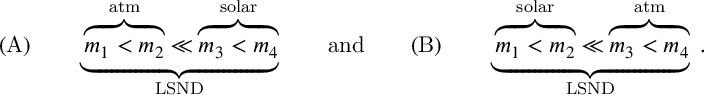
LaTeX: ( \mathrm { A } ) \qquad \underbrace { \overbrace { m _ { 1 } < m _ { 2 } } ^ { \mathrm { a t m } } \ll \overbrace { m _ { 3 } < m _ { 4 } } ^ { \mathrm { s o l a r } } } _ { \mathrm { L S N D } } \qquad \mathrm { a n d } \qquad ( \mathrm { B } ) \qquad \underbrace { \overbrace { m _ { 1 } < m _ { 2 } } ^ { \mathrm { s o l a r } } \ll \overbrace { m _ { 3 } < m _ { 4 } } ^ { \mathrm { a t m } } } _ { \mathrm { L S N D } } \; .